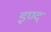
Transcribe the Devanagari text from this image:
इण्द